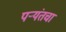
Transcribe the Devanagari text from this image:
पर्‍यंतचा